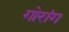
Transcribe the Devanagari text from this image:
गोरांग